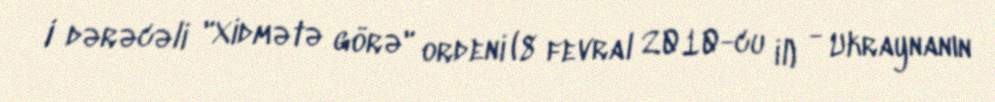
I dərəcəli "Xidmətə görə" ordeni (8 fevral 2010-cu il) - Ukraynanın